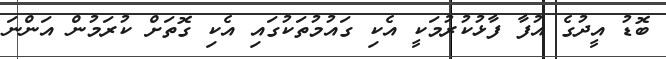
ބޮޑު އީދުގެ އުފާ ފާޅުކުރުމަކީ އެކި ގައުމުތަކުގައި އެކި ގޮތަށް ކުރަމުން އަންނަ